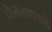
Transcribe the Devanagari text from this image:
बोलीरूपाकडे